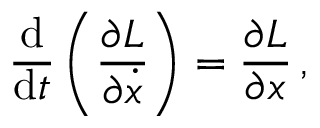
{ \frac { \mathrm { d } } { \mathrm { d } t } } \left( { \frac { \partial L } { \partial { \dot { x } } } } \right) = { \frac { \partial L } { \partial x } } \, ,